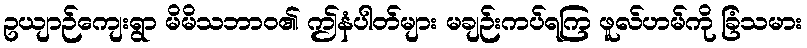
ဥယျာဉ်ကျေးရွာ မိမိသဘာဝ၏ ဤနံပါတ်များ မချဉ်းကပ်ရကြ ဖူလ်ဟမ်ကို ခြံသမား